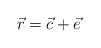
LaTeX: \begin{align*}\vec{r}=\vec{c}+\vec{e}\end{align*}